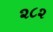
૨૮૨